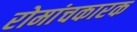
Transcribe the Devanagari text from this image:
रोमांचकारक